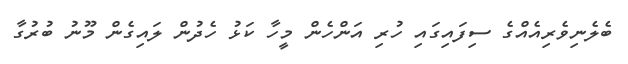
ބެލެނިވެރިއެއްގެ ސިފައިގައި ހުރި އަންހެން މީހާ ކަޅު ހެދުން ލައިގެން މޫނު ބުރުގާ